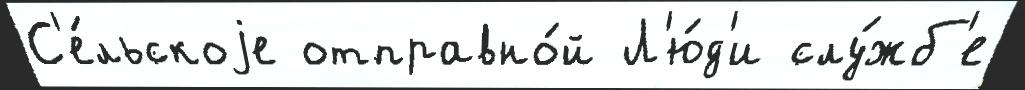
С'е́льскоjе отправно́й Л'ю́д'и слу́жб'е